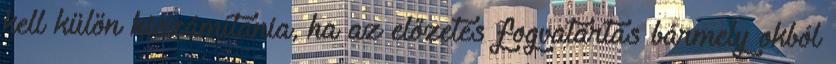
kell külön kiszámítania, ha az előzetes fogvatartás bármely okból